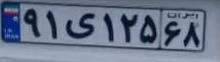
۹۱ی۱۲۵۶۸